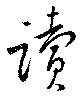
讀